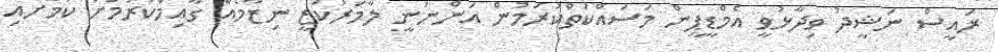
ރައީސް ނަޝީދު ވިދާޅުވީ އެމްޑީޕީން މަސައްކަތްކުރަމުން އަންނަނީ ލާމަރުކަޒީ ނިޒާމެއް ގާއިމްކުރުމަށް ކަމަށާއި